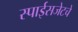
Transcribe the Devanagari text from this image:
स्पाईसजेटचे